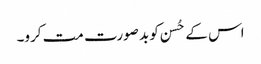
اس کے حُسن کو بد صورت مت کرو۔